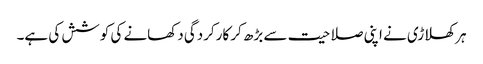
ہر کھلاڑی نے اپنی صلاحیت سے بڑھ کر کارکردگی دکھانے کی کوشش کی ہے۔